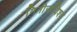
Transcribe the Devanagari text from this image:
गिनीजविश्व